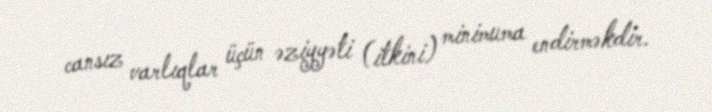
cansız varlıqlar üçün əziyyəti (itkini) minimuma endirməkdir.